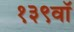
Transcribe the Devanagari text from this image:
१३९वॉ